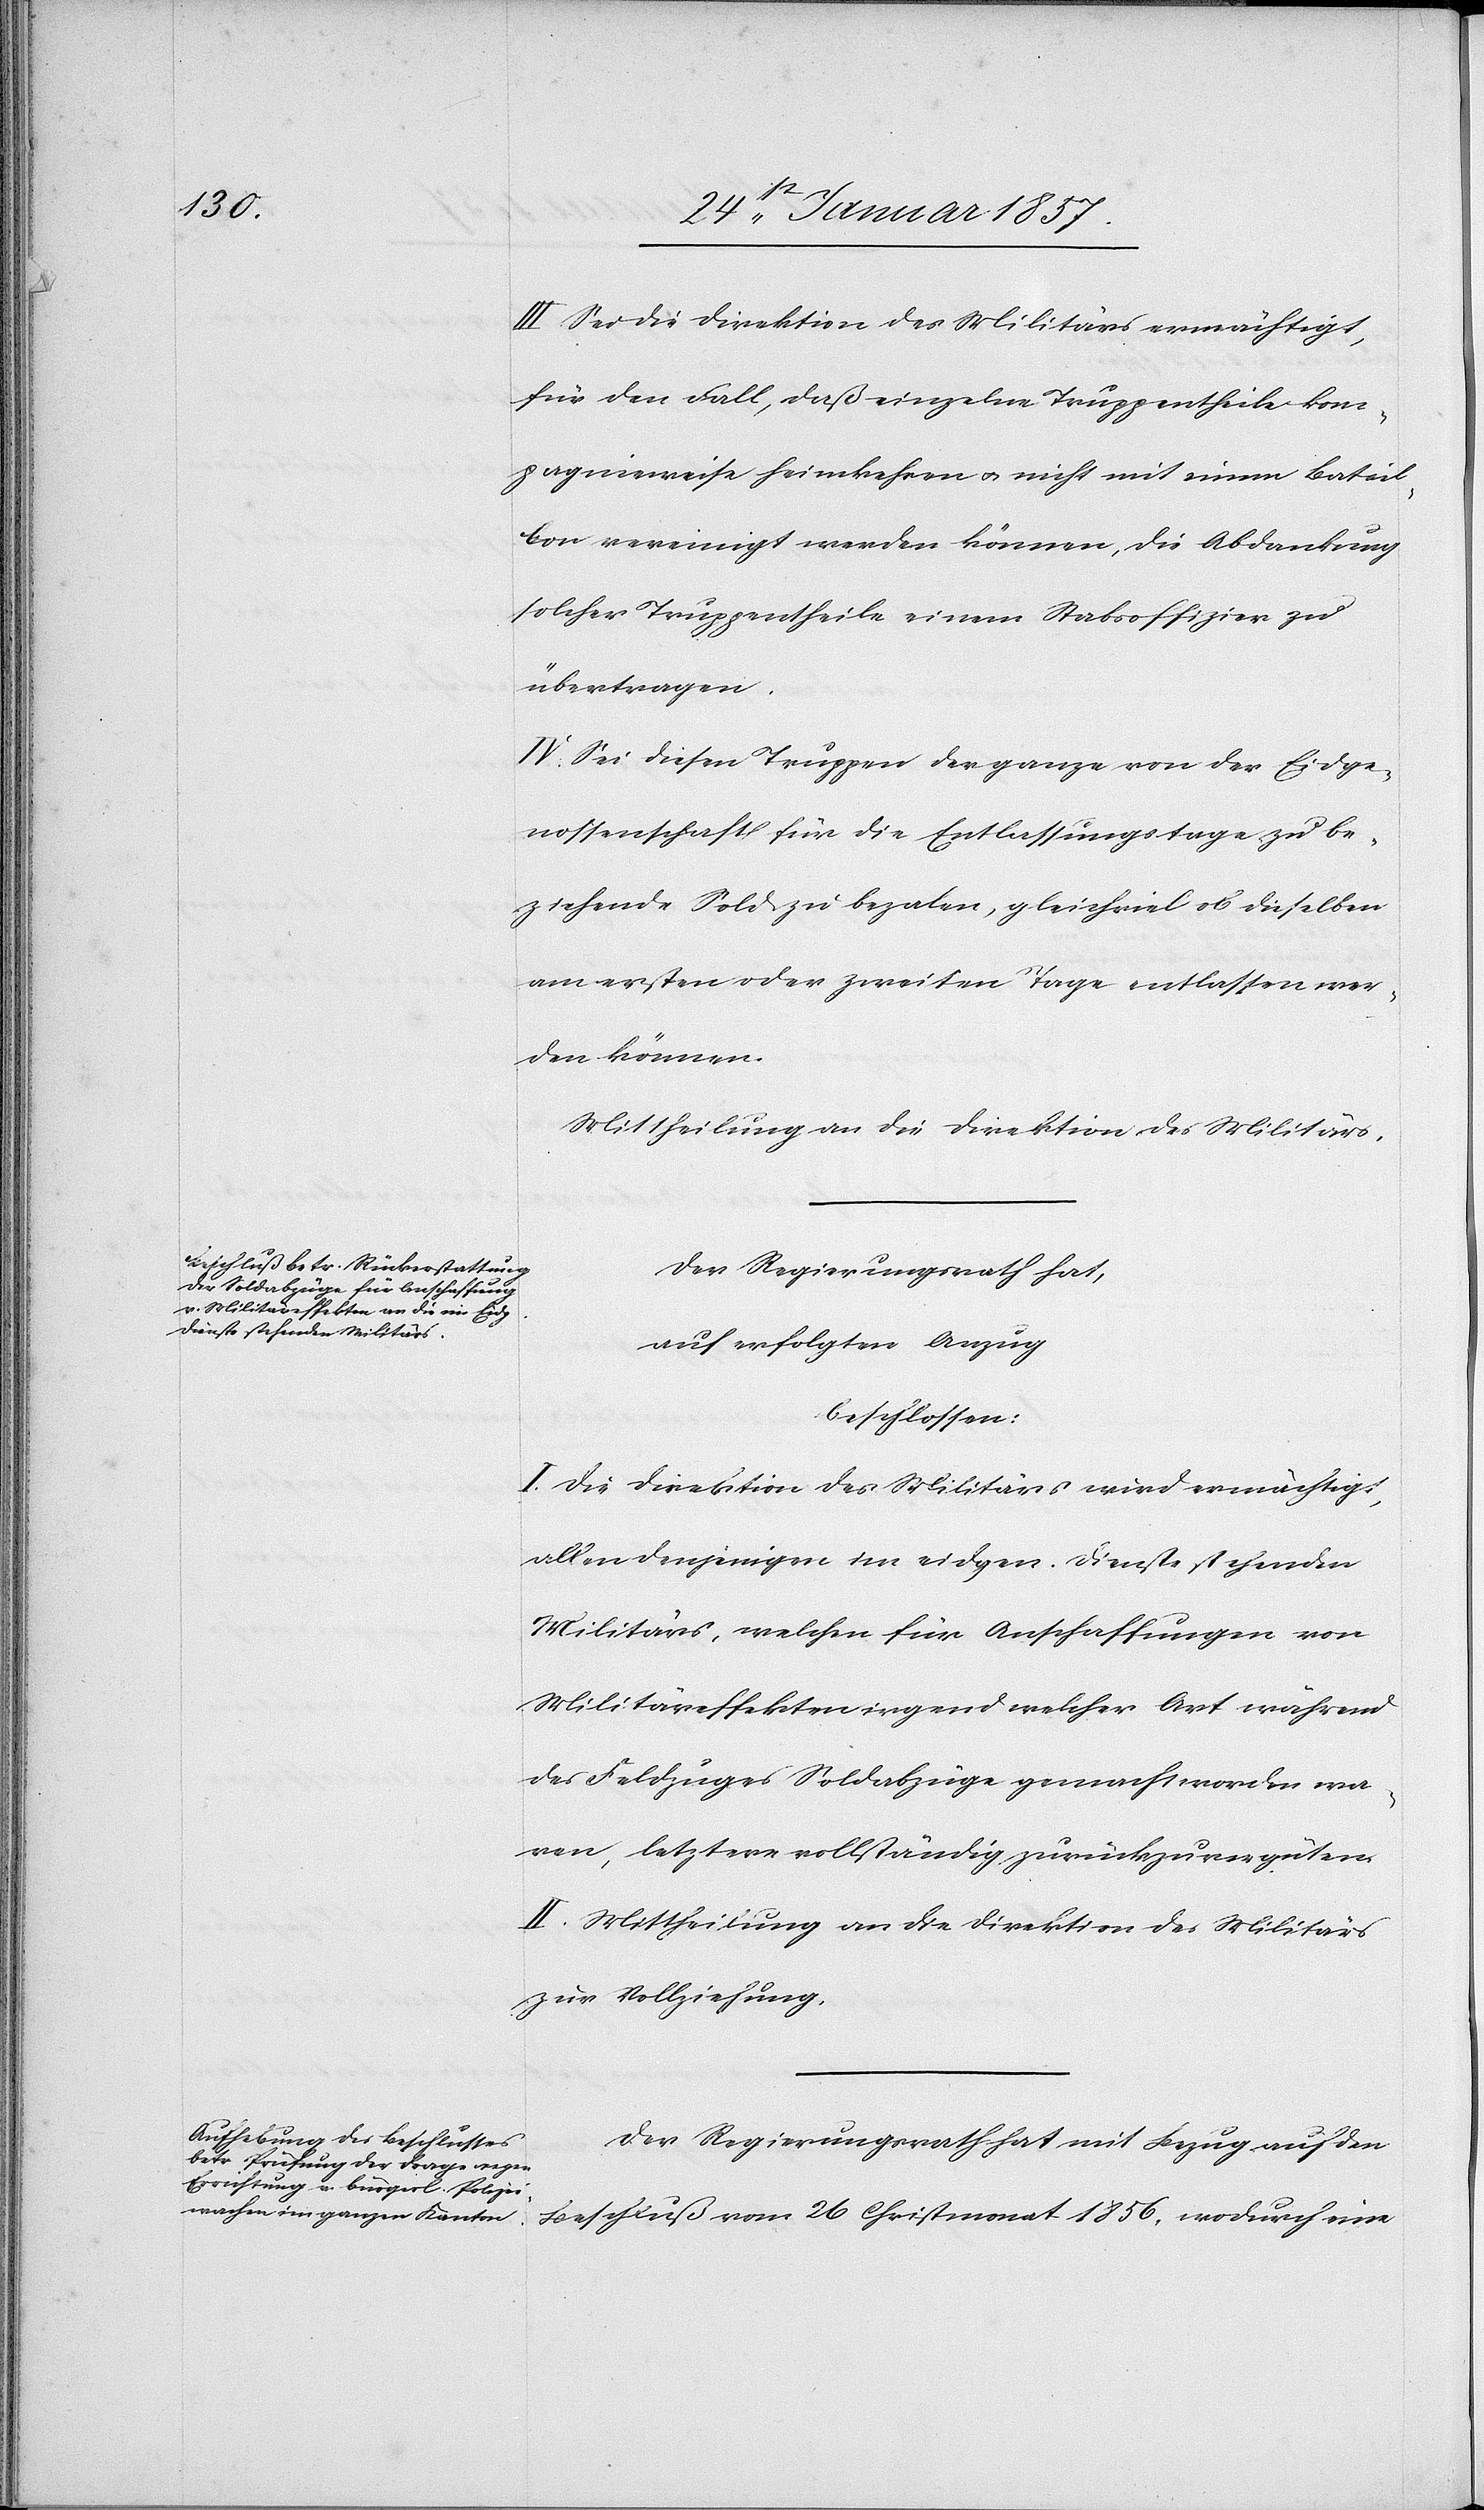
1856,

III Sei die Direktion des Militärs ermächtigt,
für den Fall, daß einzelne Truppentheile kom¬
pagnieweise heimkehren & nicht mit einem Batail¬
lon vereinigt werden können, die Abdankung
solcher Truppentheile einem Stabsoffizier zu
übertragen.
IV. Sei diesen Truppen der ganze von der Eidge¬
nossenschaft für die Entlassungstage zu be¬
ziehende Sold zu bezalen, gleichviel ob dieselben
am ersten oder zweiten Tage entlassen wer¬
den können.
Mittheilung an die Direktion des Militärs.
Der Regierungsrath hat,
auf erfolgten Anzug
beschlossen:
I. Die Direktion des Militärs wird ermächtigt,
allen denjenigen im eidgen. Dienste stehenden
Militärs, welchen für Anschaffungen von
Militäreffekten irgend welcher Art während
des Feldzuges Soldabzüge gemacht worden wa¬
ren, letztern vollständig zurückzuvergüten.
II. Mittheilung an die Direktion des Militärs
zur Vollziehung.
Der Regierungsrath hat mit Bezug auf den